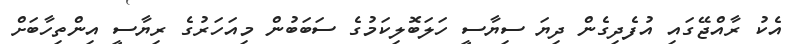
އެކު ރާއްޖޭގައި އުފެދިގެން ދިޔަ ސިޔާސީ ހަލަބޮލިކަމުގެ ސަބަބުން މިއަހަރުގެ ރިޔާސީ އިންތިހާބަށް